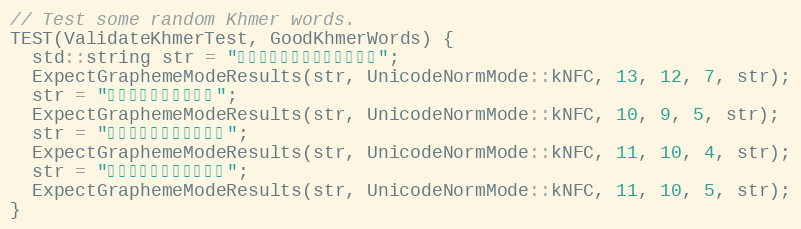
Language: C++
// Test some random Khmer words.
TEST(ValidateKhmerTest, GoodKhmerWords) {
  std::string str = "ព័ត៏មានប្លែកៗ";
  ExpectGraphemeModeResults(str, UnicodeNormMode::kNFC, 13, 12, 7, str);
  str = "ទំនុកច្រៀង";
  ExpectGraphemeModeResults(str, UnicodeNormMode::kNFC, 10, 9, 5, str);
  str = "កាលីហ្វូញ៉ា";
  ExpectGraphemeModeResults(str, UnicodeNormMode::kNFC, 11, 10, 4, str);
  str = "ចាប់ពីផ្លូវ";
  ExpectGraphemeModeResults(str, UnicodeNormMode::kNFC, 11, 10, 5, str);
}